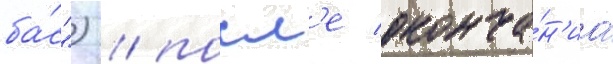
ба́с") / посл'е оконча́н'иа